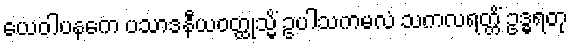
ယေဝါပနကေ ပသာဒနီယဝတ္ထုသ္မိံ ဥပါသကမလံ သကလရတ္တိံ ဥဒ္ဓရတု